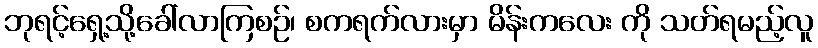
ဘုရင့်ရှေ့သို့ခေါ်လာကြစဉ်၊ စကရက်လားမှာ မိန်းကလေး ကို သတ်ရမည့်လူ